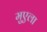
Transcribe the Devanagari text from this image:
मुएला